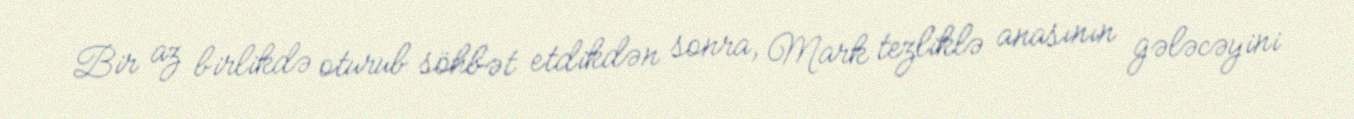
Bir az birlikdə oturub söhbət etdikdən sonra, Mark tezliklə anasının gələcəyini